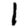
Digit: 1